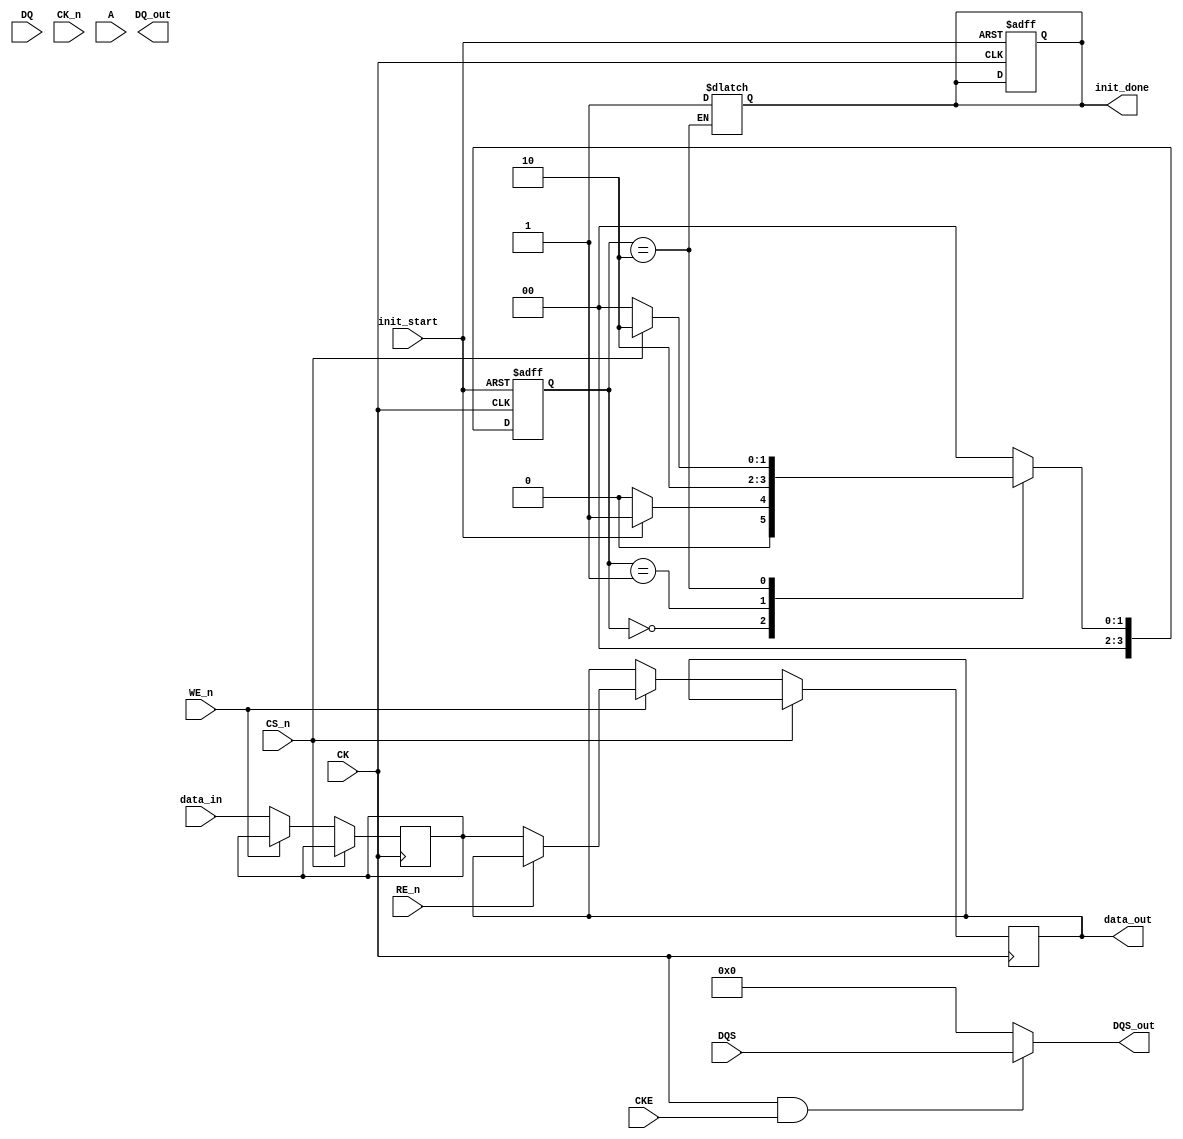
module gDDR3_IO_Block (
    // Differential Data Lines
    input wire [DQ_WIDTH-1:0] DQ,           // Data lines
    output wire [DQ_WIDTH-1:0] DQ_out,      // Output data lines
    input wire [DQS_WIDTH-1:0] DQS,         // Data Strobe
    output wire [DQS_WIDTH-1:0] DQS_out,    // Output Data Strobe
    
    // Clock Signals
    input wire CK,                           // Clock input
    input wire CK_n,                         // Inverted Clock input
    input wire CKE,                          // Clock Enable
    
    // Control Signals
    input wire CS_n,                         // Chip Select (active low)
    input wire WE_n,                         // Write Enable (active low)
    input wire RE_n,                         // Read Enable (active low)
    input wire [ADDR_WIDTH-1:0] A,          // Address lines
    
    // Configuration and Initialization
    input wire init_start,                   // Initialization start signal
    output reg init_done,                    // Initialization done signal
    
    // Other signals
    output reg [DQ_WIDTH-1:0] data_out,     // Data output
    input wire [DQ_WIDTH-1:0] data_in       // Data input
);

// Parameters
parameter DQ_WIDTH = 32;                   // Data width
parameter DQS_WIDTH = DQ_WIDTH / 8;        // Data strobe width
parameter ADDR_WIDTH = 16;                  // Address width

// Internal Signals
reg [DQ_WIDTH-1:0] data_buffer;            // Data buffer
reg [3:0] state;                            // State for initialization
reg [3:0] next_state;                       // Next state

// State Encoding
localparam IDLE        = 4'b0000;
localparam INIT        = 4'b0001;
localparam READY       = 4'b0010;

// Initialization State Machine
always @(posedge CK or negedge init_start) begin
    if (!init_start) begin
        state <= IDLE;
        init_done <= 0;
    end else begin
        state <= next_state;
    end
end

always @(*) begin
    case (state)
        IDLE: begin
            if (init_start) begin
                next_state = INIT;
            end else begin
                next_state = IDLE;
            end
        end
        INIT: begin
            // Perform initialization tasks here
            next_state = READY;
        end
        READY: begin
            init_done = 1;
            if (CS_n) begin
                next_state = READY; // Remain in ready state
            end else begin
                next_state = IDLE; // Go back to idle if CS_n is active
            end
        end
        default: next_state = IDLE;
    endcase
end

// Data Path Logic
always @(posedge CK) begin
    if (!CS_n) begin
        if (!WE_n) begin
            // Write operation
            data_buffer <= data_in; // Capture input data
        end else if (!RE_n) begin
            // Read operation
            data_out <= data_buffer; // Output buffered data
        end
    end
end

// DQS Signal Management
assign DQS_out = (CK && CKE) ? DQS : 1'b0; // Example: DQS output based on CK and CKE

endmodule